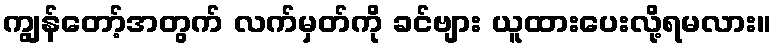
ကျွန်တော့်အတွက် လက်မှတ်ကို ခင်ဗျား ယူထားပေးလို့ရမလား။